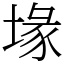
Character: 堟